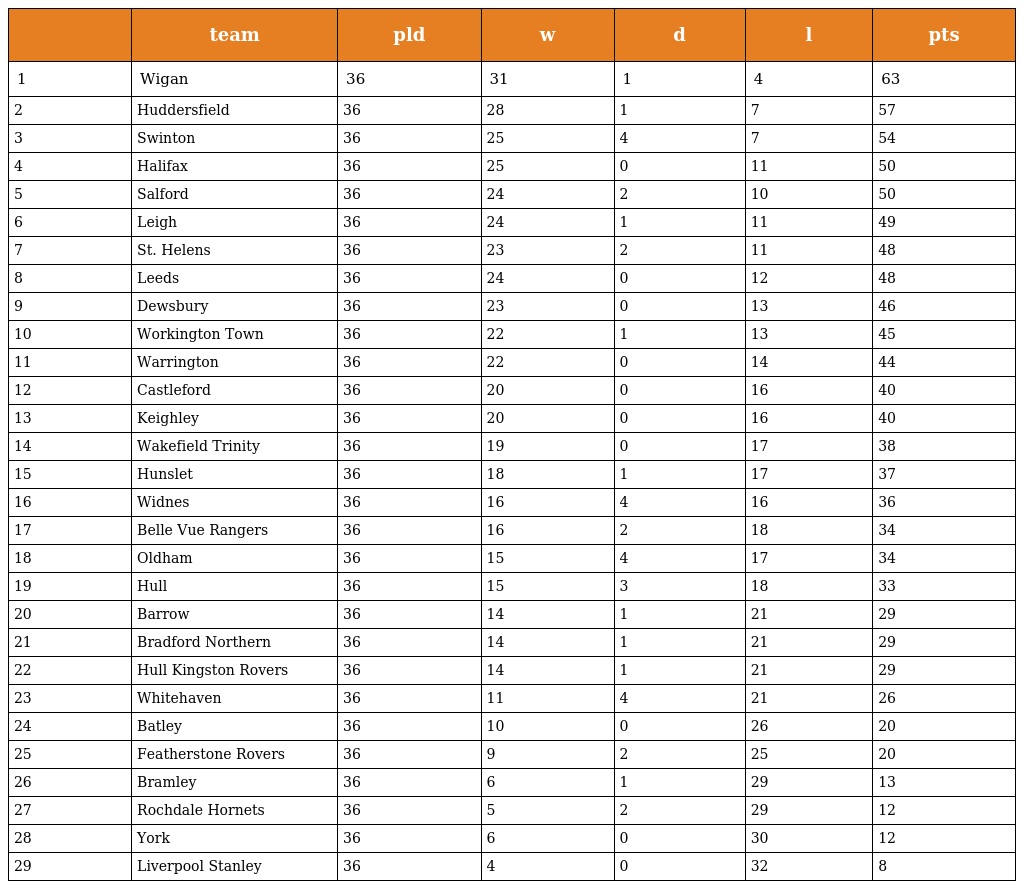
|  | team | pld | w | d | l | pts |
 | --- | --- | --- | --- | --- | --- | --- |
 | 1 | Wigan | 36 | 31 | 1 | 4 | 63 |
 | 2 | Huddersfield | 36 | 28 | 1 | 7 | 57 |
 | 3 | Swinton | 36 | 25 | 4 | 7 | 54 |
 | 4 | Halifax | 36 | 25 | 0 | 11 | 50 |
 | 5 | Salford | 36 | 24 | 2 | 10 | 50 |
 | 6 | Leigh | 36 | 24 | 1 | 11 | 49 |
 | 7 | St. Helens | 36 | 23 | 2 | 11 | 48 |
 | 8 | Leeds | 36 | 24 | 0 | 12 | 48 |
 | 9 | Dewsbury | 36 | 23 | 0 | 13 | 46 |
 | 10 | Workington Town | 36 | 22 | 1 | 13 | 45 |
 | 11 | Warrington | 36 | 22 | 0 | 14 | 44 |
 | 12 | Castleford | 36 | 20 | 0 | 16 | 40 |
 | 13 | Keighley | 36 | 20 | 0 | 16 | 40 |
 | 14 | Wakefield Trinity | 36 | 19 | 0 | 17 | 38 |
 | 15 | Hunslet | 36 | 18 | 1 | 17 | 37 |
 | 16 | Widnes | 36 | 16 | 4 | 16 | 36 |
 | 17 | Belle Vue Rangers | 36 | 16 | 2 | 18 | 34 |
 | 18 | Oldham | 36 | 15 | 4 | 17 | 34 |
 | 19 | Hull | 36 | 15 | 3 | 18 | 33 |
 | 20 | Barrow | 36 | 14 | 1 | 21 | 29 |
 | 21 | Bradford Northern | 36 | 14 | 1 | 21 | 29 |
 | 22 | Hull Kingston Rovers | 36 | 14 | 1 | 21 | 29 |
 | 23 | Whitehaven | 36 | 11 | 4 | 21 | 26 |
 | 24 | Batley | 36 | 10 | 0 | 26 | 20 |
 | 25 | Featherstone Rovers | 36 | 9 | 2 | 25 | 20 |
 | 26 | Bramley | 36 | 6 | 1 | 29 | 13 |
 | 27 | Rochdale Hornets | 36 | 5 | 2 | 29 | 12 |
 | 28 | York | 36 | 6 | 0 | 30 | 12 |
 | 29 | Liverpool Stanley | 36 | 4 | 0 | 32 | 8 |